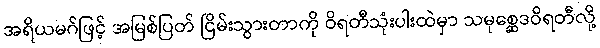
အရိယမဂ်ဖြင့် အမြစ်ပြတ် ငြိမ်းသွားတာကို ဝိရတီသုံးပါးထဲမှာ သမုစ္ဆေဒဝိရတီလို့